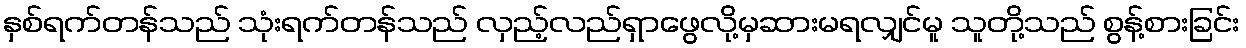
နှစ်ရက်တန်သည် သုံးရက်တန်သည် လှည့်လည်ရှာဖွေလို့မှဆားမရလျှင်မူ သူတို့သည် စွန့်စားခြင်း